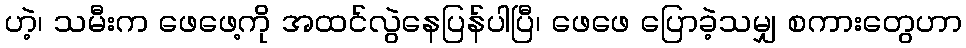
ဟဲ့၊ သမီးက ဖေဖေ့ကို အထင်လွဲနေပြန်ပါပြီ၊ ဖေဖေ ပြောခဲ့သမျှ စကားတွေဟာ